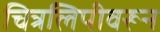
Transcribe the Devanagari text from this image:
चित्रलिपीवरून